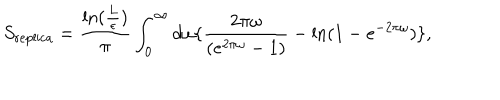
LaTeX: S _ { \mathrm { r e p l i c a } } = { \frac { \mathrm { l n } ( { \frac { L } { \epsilon } } ) } { \pi } } \int _ { 0 } ^ { \infty } d \omega \{ { \frac { 2 \pi \omega } { ( e ^ { 2 \pi \omega } - 1 ) } } - \mathrm { l n } ( 1 - e ^ { - 2 \pi \omega } ) \} ,